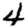
Digit: 4